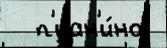
  п'иан'и́но